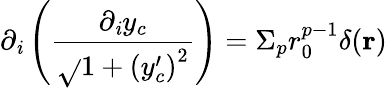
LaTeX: \partial_{\mathit{i}}\left(\frac{{\partial_{\mathit{i}}y_{c}}}{{\sqrt{}{{1+\left(y_{c}^{\prime}\right)^{2}}}}}\right)=\Sigma_{p}r_{0}^{p-1}\delta({\mathbf{r}})